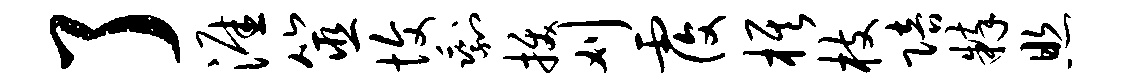
了涯筮愎剩拔刈覆旗枝陪粹照